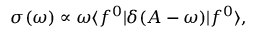
\sigma ( \omega ) \propto \omega \langle f ^ { 0 } | \delta ( A - \omega ) | f ^ { 0 } \rangle ,